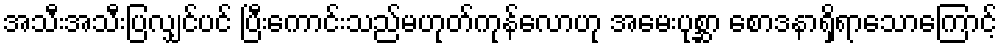
အသီးအသီးပြလျှင်ပင် ပြီးကောင်းသည်မဟုတ်ကုန်လောဟု အမေးပုစ္ဆာ စောဒနာရှိရာသောကြောင့်